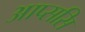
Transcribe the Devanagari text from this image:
आप्ससि